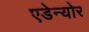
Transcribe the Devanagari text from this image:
एडेन्योर